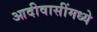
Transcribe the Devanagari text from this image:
आदीवासींमध्ये